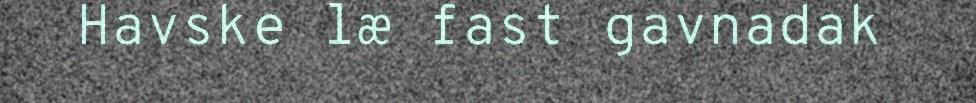
Havske læ fast gavnadak